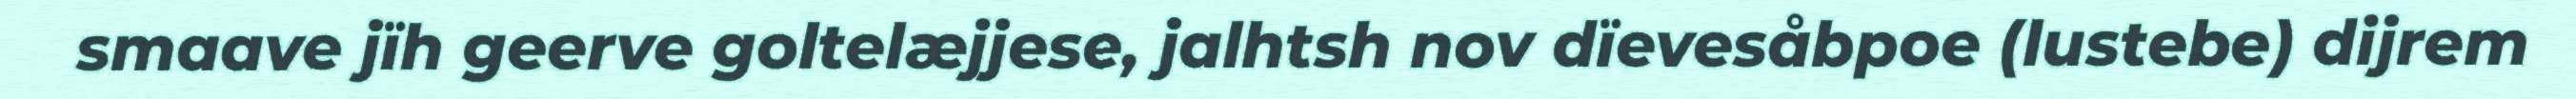
smaave jïh geerve goltelæjjese, jalhtsh nov dïevesåbpoe (lustebe) dijrem